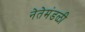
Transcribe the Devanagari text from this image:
नेतेमंडळी